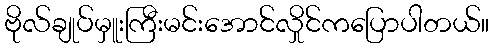
ဗိုလ်ချုပ်မှူးကြီးမင်းအောင်လှိုင်ကပြောပါတယ်။